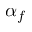
\alpha _ { f }